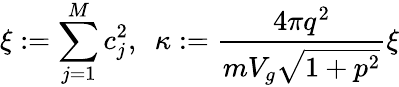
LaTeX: \displaystyle{\xi:=\sum_{j=1}^{M}c_{j}^{2},\ \ \kappa:=\frac{4\pi q^{2}}{mV_{g}\sqrt{1+p^{2}}}}\xi